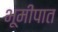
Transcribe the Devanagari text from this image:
भूमीपात